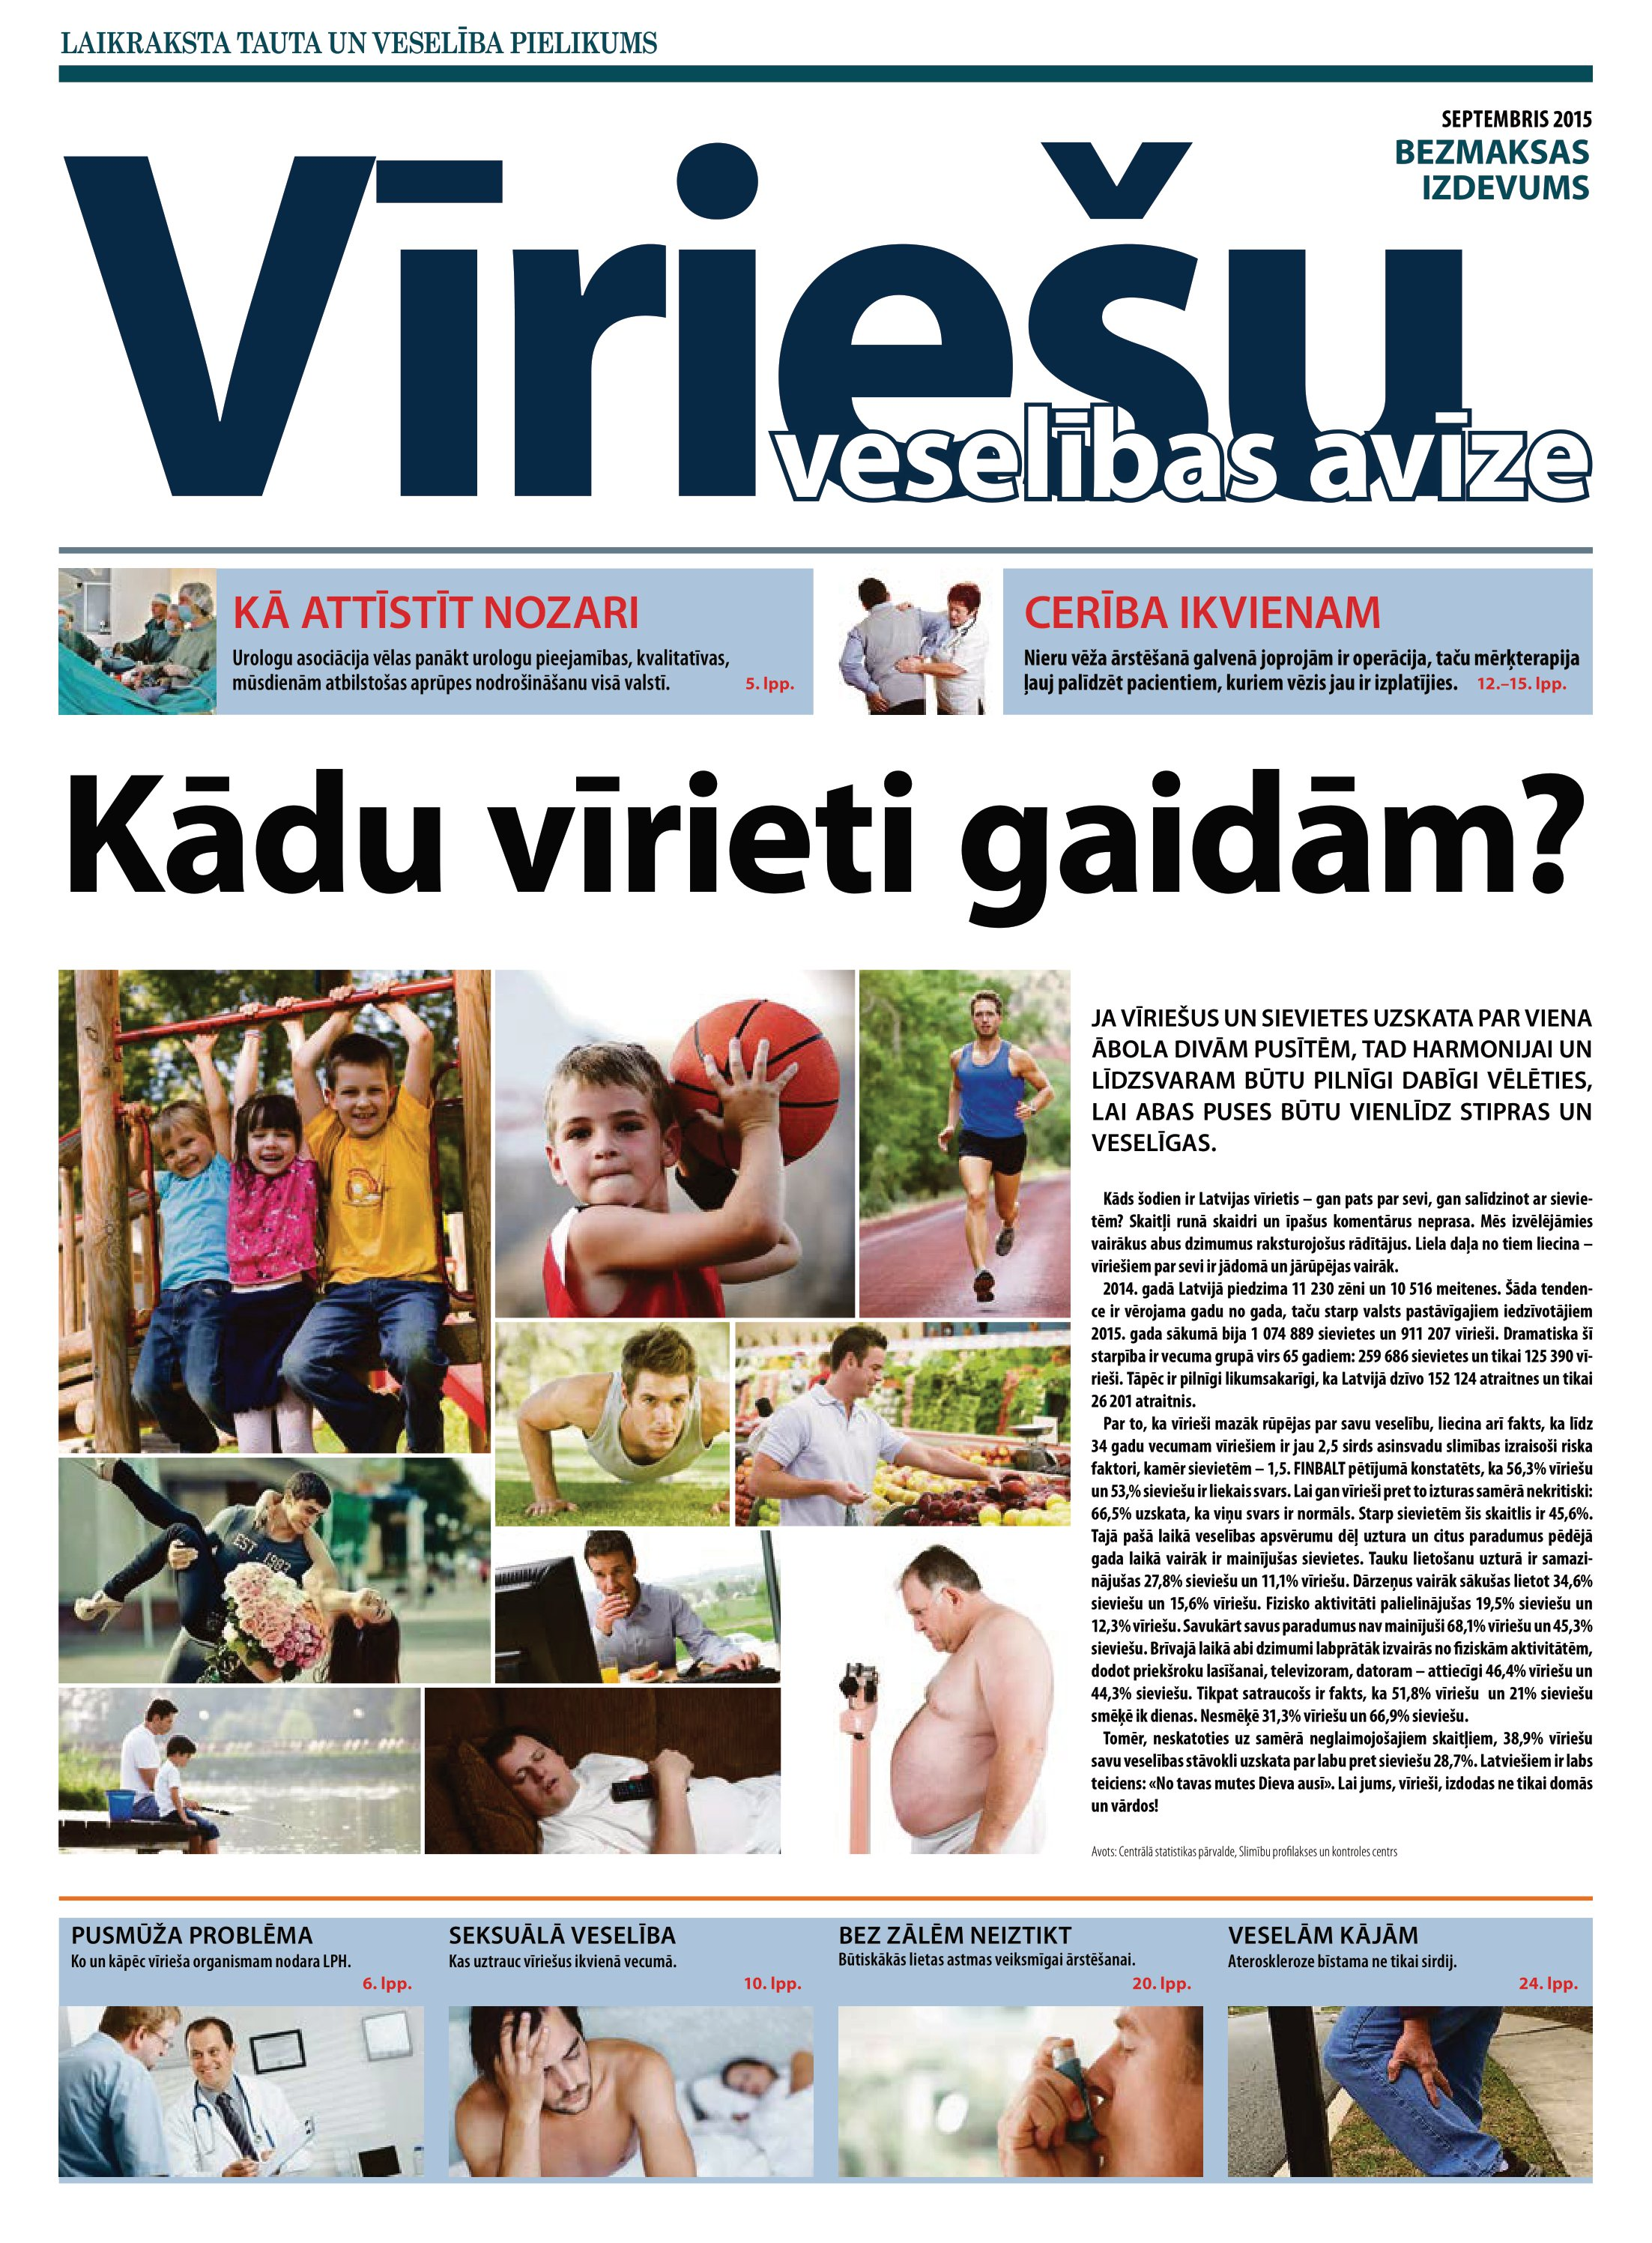
Language: lv